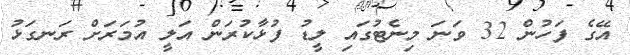
އޭގެ ފަހުން 32 ވަނަ މިނެޓުގައި ލީޑު ފުޅާކުރަން އަލީ އުމަރަށް ރަނގަޅު